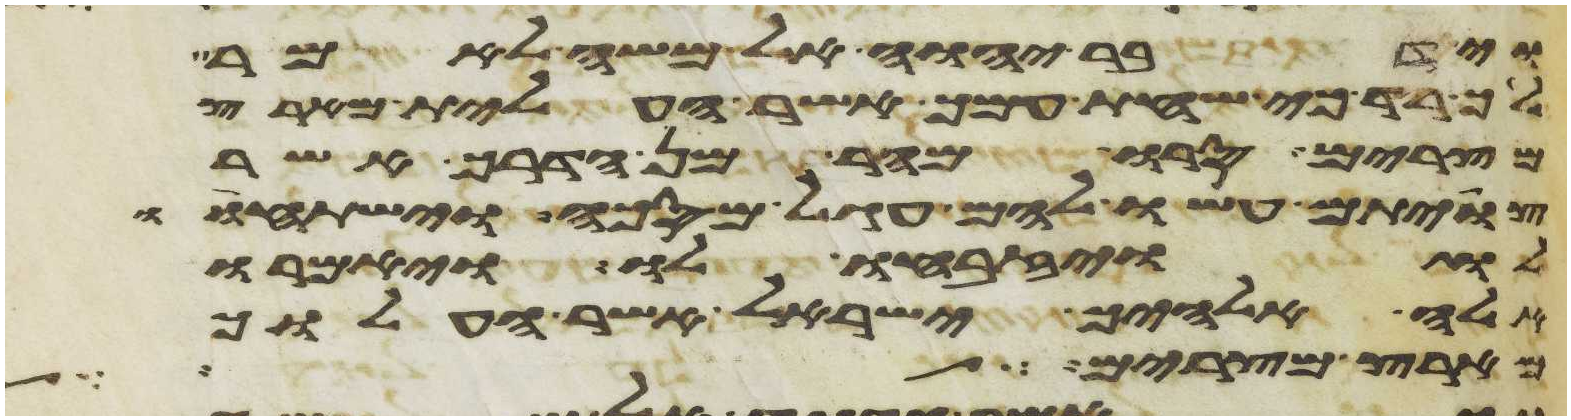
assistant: וידבר יהוה אל משה לאמר
לך רד כי שחת עמך אשר העלית מארץ
מצרים סרו מהר מן הדרך אשר
צויתם עשו להם עגל מסכה וישתחוו
לו ויזבחו לו ויאמרו
אלה אלהיך ישראל אשר העלוך
מארץ מצרים לילה